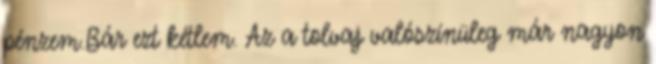
pénzem.Bár ezt kétlem. Az a tolvaj valószínüleg már nagyon